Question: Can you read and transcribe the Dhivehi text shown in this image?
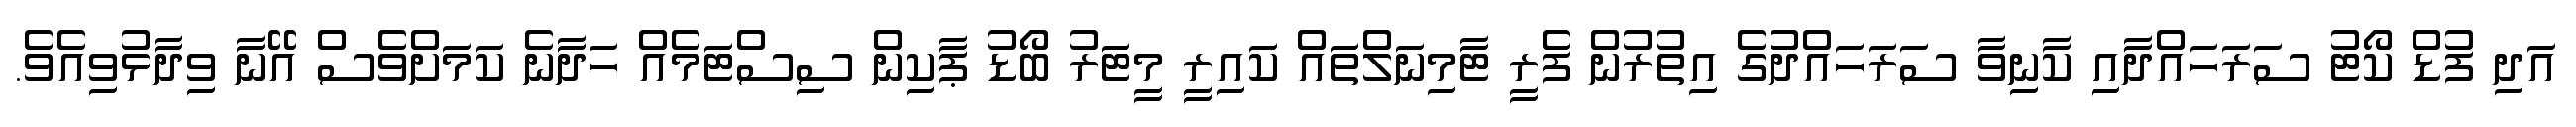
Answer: އަދި ފުޑް ކޯޓު ސަރަހައްދާއި ކާނިވާ ސަރަހައްދުގެ އިތުރުން ފެރީ ޓާމިނަލްތައް ކައިރީ މީޓަރު ބޯޑު ޕާކިން ސިސްޓަމެއް ހަދާނެ ކަމަށްވެސް އޭނާ ވިދާޅުވިއެވެ.